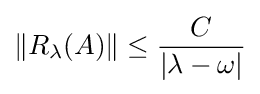
\|R_{\lambda }(A)\|\leq {\frac {C}{|\lambda -\omega |}}